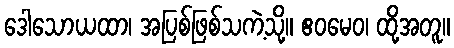
ဒေါသောယထာ၊ အပြစ်ဖြစ်သကဲ့သို့။ ဧဝမေဝ၊ ထို့အတူ။